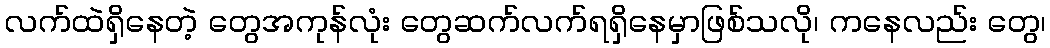
လက်ထဲရှိနေတဲ့ တွေအကုန်လုံး တွေဆက်လက်ရရှိနေမှာဖြစ်သလို၊ ကနေလည်း တွေ၊